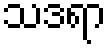
သဒရာ